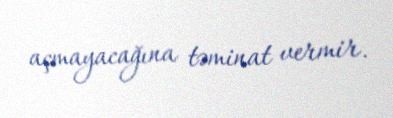
açmayacağına təminat vermir.